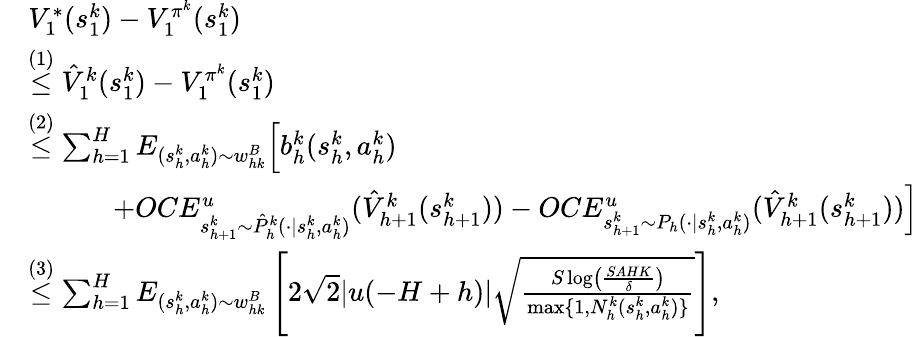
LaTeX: \begin{array}{rl}&{V_{1}^{*}(s_{1}^{k})-V_{1}^{\pi^{k}}(s_{1}^{k})}\\ &{\overset{(1)}{\leq}\hat{V}_{1}^{k}(s_{1}^{k})-V_{1}^{\pi^{k}}(s_{1}^{k})}\\ &{\overset{(2)}{\leq}\sum_{h=1}^{H}E_{(s_{h}^{k},a_{h}^{k})\sim w_{hk}^{B}}\Big[b_{h}^{k}(s_{h}^{k},a_{h}^{k})}\\ &{\quad\quad\quad+OCE_{s_{h+1}^{k}\sim\hat{P}_{h}^{k}(\cdot\vert s_{h}^{k},a_{h}^{k})}^{u}(\hat{V}_{h+1}^{k}(s_{h+1}^{k}))-OCE_{s_{h+1}^{k}\sim P_{h}(\cdot\vert s_{h}^{k},a_{h}^{k})}^{u}(\hat{V}_{h+1}^{k}(s_{h+1}^{k}))\Big]}\\ &{\overset{(3)}{\leq}\sum_{h=1}^{H}E_{(s_{h}^{k},a_{h}^{k})\sim w_{hk}^{B}}\left[2\sqrt{2}\vert u(-H+h)\vert\sqrt{\frac{S\log\left(\frac{SAHK}{\delta}\right)}{\operatorname*{max}\{ 1,N_{h}^{k}(s_{h}^{k},a_{h}^{k})\} }}\right],}\end{array}